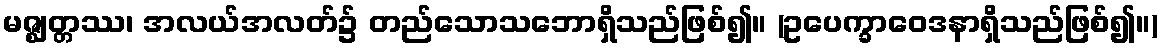
မဇ္ဈတ္တဿ၊ အလယ်အလတ်၌ တည်သောသဘောရှိသည်ဖြစ်၍။ (ဥပေက္ခာဝေဒနာရှိသည်ဖြစ်၍။)